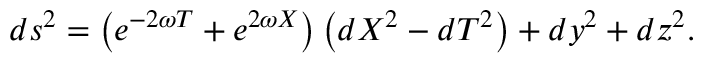
d s ^ { 2 } = \left( e ^ { - 2 \omega T } + e ^ { 2 \omega X } \right) \left( d X ^ { 2 } - d T ^ { 2 } \right) + d y ^ { 2 } + d z ^ { 2 } .